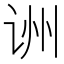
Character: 𬣱